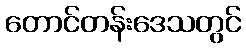
တောင်တန်းဒေသတွင်